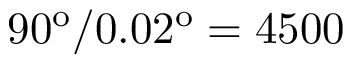
9 0 ^ { \mathrm { o } } / 0 . 0 2 ^ { \mathrm { o } } = 4 5 0 0